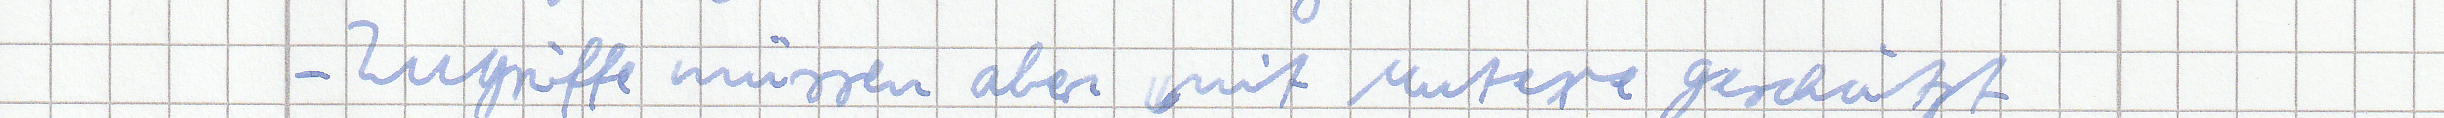
- Zugriffe müssen aber mit Mutexe geschützt